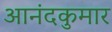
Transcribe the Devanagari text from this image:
आनंदकुमार